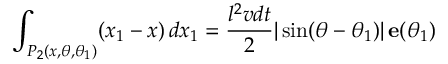
\int _ { P _ { 2 } ( x , \theta , \theta _ { 1 } ) } ( x _ { 1 } - x ) \, d x _ { 1 } { } = { } \frac { l ^ { 2 } v d t } { 2 } | \sin ( \theta - \theta _ { 1 } ) | \, { \bf e } ( \theta _ { 1 } )